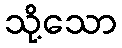
သို့သော